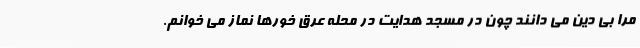
مرا بی دین می دانند چون در مسجد هدایت در محله عرق خورها نماز می خوانم.